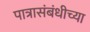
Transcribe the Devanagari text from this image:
पात्रासंबंधीच्या